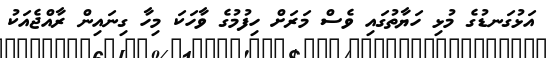
އަޅުގަނޑުގެ މުޅި ހަޔާތުގައި ވެސް މަރަށް ހިފުމުގެ ވާހަކަ މިހާ ގިނައިން ރާއްޖެއަކު